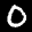
Label: 0